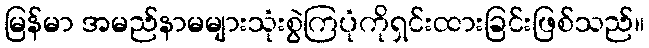
မြန်မာ အမည်နာမများသုံးစွဲကြပုံကိုရှင်းထားခြင်းဖြစ်သည်။